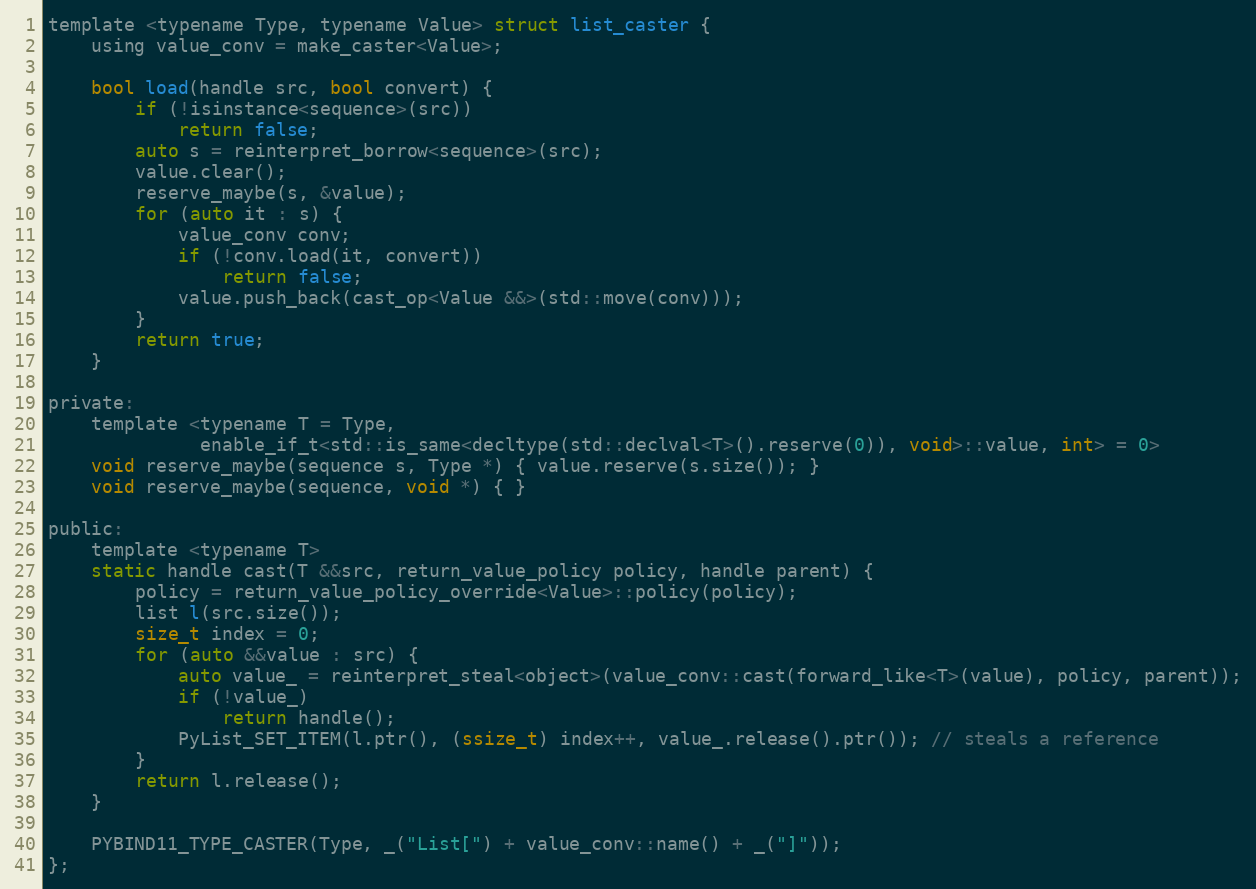
Language: C
template <typename Type, typename Value> struct list_caster {
    using value_conv = make_caster<Value>;

    bool load(handle src, bool convert) {
        if (!isinstance<sequence>(src))
            return false;
        auto s = reinterpret_borrow<sequence>(src);
        value.clear();
        reserve_maybe(s, &value);
        for (auto it : s) {
            value_conv conv;
            if (!conv.load(it, convert))
                return false;
            value.push_back(cast_op<Value &&>(std::move(conv)));
        }
        return true;
    }

private:
    template <typename T = Type,
              enable_if_t<std::is_same<decltype(std::declval<T>().reserve(0)), void>::value, int> = 0>
    void reserve_maybe(sequence s, Type *) { value.reserve(s.size()); }
    void reserve_maybe(sequence, void *) { }

public:
    template <typename T>
    static handle cast(T &&src, return_value_policy policy, handle parent) {
        policy = return_value_policy_override<Value>::policy(policy);
        list l(src.size());
        size_t index = 0;
        for (auto &&value : src) {
            auto value_ = reinterpret_steal<object>(value_conv::cast(forward_like<T>(value), policy, parent));
            if (!value_)
                return handle();
            PyList_SET_ITEM(l.ptr(), (ssize_t) index++, value_.release().ptr()); // steals a reference
        }
        return l.release();
    }

    PYBIND11_TYPE_CASTER(Type, _("List[") + value_conv::name() + _("]"));
};